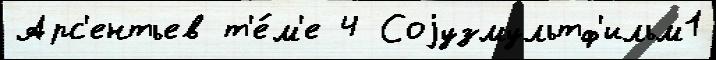
Арс'ентьев т'е́м'е 4 Соjузмультф'ильм1